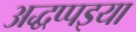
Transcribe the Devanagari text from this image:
अद्धप्पइया